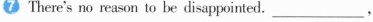
7.There's no reason to be disappointed.__,